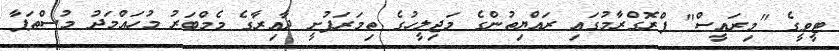
ޓީވީގެ "މިރައީސް" ޕްރޮގްރާމުގައި ރައްޔިތުންގެ މަޖިލީހުގެ ތިމަރަފުށީ ދާއިރާގެ މެމްބަރު މުހައްމަދު މުސްޠަފާ